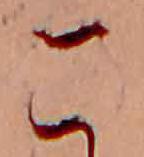
こ